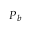
\boldsymbol { P } _ { b }